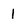
Character: I